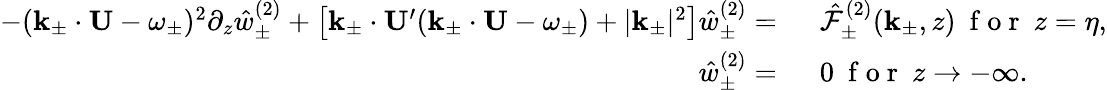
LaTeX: \begin{array}{rl}{-(\mathbf{k}_{\pm}\cdot\mathbf{U}-\omega_{\pm})^{2}\partial_{z}\hat{w}_{\pm}^{(2)}+\big[\mathbf{k}_{\pm}\cdot\mathbf{U}^{\prime}(\mathbf{k}_{\pm}\cdot\mathbf{U}-\omega_{\pm})+|\mathbf{k}_{\pm}|^{2}\big]\hat{w}_{\pm}^{(2)}=~}&{{}\hat{\mathcal{F}}_{\pm}^{(2)}(\mathbf{k}_{\pm},z)~\mathrm{~f~o~r~}~z=\eta,}\\ {\hat{w}_{\pm}^{(2)}=~}&{{}0~\mathrm{~f~o~r~}~z\to-\infty.}\end{array}